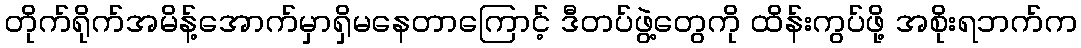
တိုက်ရိုက်အမိန့်အောက်မှာရှိမနေတာကြောင့် ဒီတပ်ဖွဲ့တွေကို ထိန်းကွပ်ဖို့ အစိုးရဘက်က